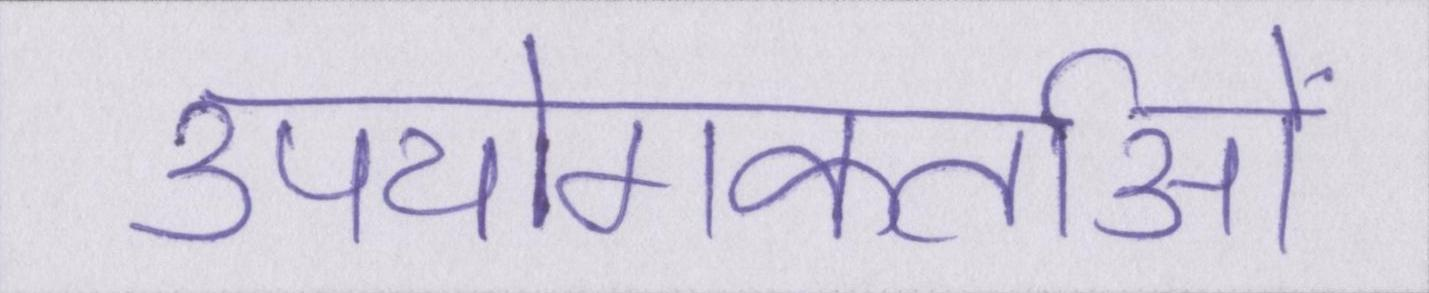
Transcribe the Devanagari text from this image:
उपयोगकर्ताओं